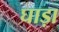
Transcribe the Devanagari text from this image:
घाड़ा